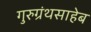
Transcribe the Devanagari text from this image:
गुरुग्रंथसाहेब